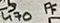
Text: 470 PF